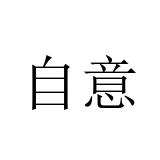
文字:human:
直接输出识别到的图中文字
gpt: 自意